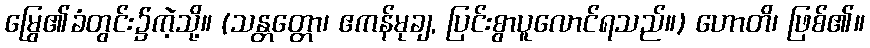
မြွေ၏ခံတွင်း၌ကဲ့သို့။ (သန္တတ္တော၊ ဧကန်မုချ, ပြင်းစွာပူလောင်ရသည်။) ဟောတိ၊ ဖြစ်၏။